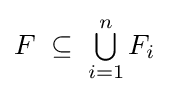
F\;\subseteq \;\textstyle \bigcup \limits _{i=1}^{n}F_{i}